Punjab Mental Hospital Lahore 1922-31 - 1922-1931
Year: 1922
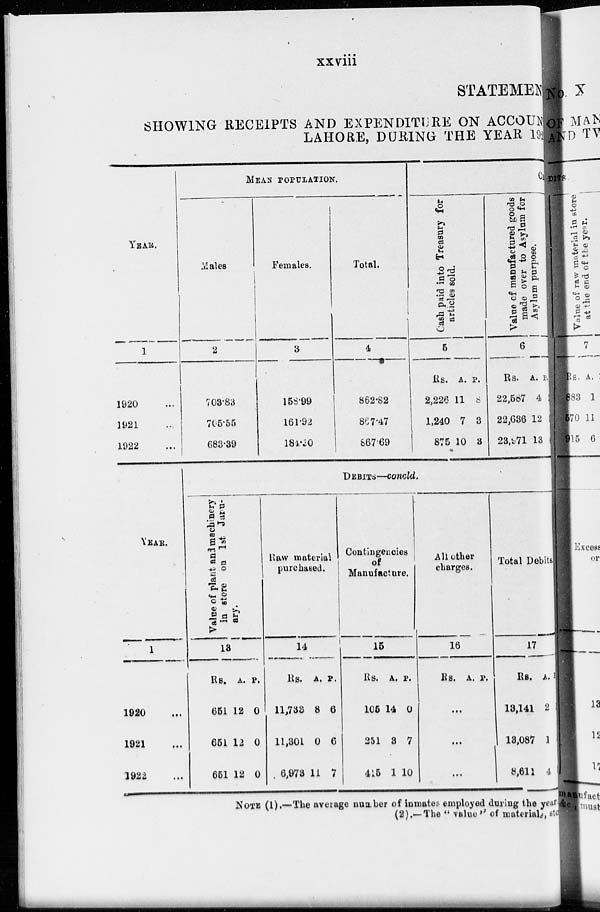
xxviii
STATEMENT
SHOWING RECEIPTS AND EXPENDITURE ON ACCOUN
LAHORE, DURING THE YEAR 192
YEAR.
1
1920 ...
1921 ...
1922 ...
MEAN POPULATION.
Males.
2
703.83
705.55
683.39
Females.
3
158.99
161.92
184.30
Total.
4
862.82
867.47
867.69
C
Cash paid into Treasury for
articles sold.
5
Rs.
2,226
1,240
875
A.
11
7
10
P.
8
3
3
Value of manufactured goods
made over to Asylum for
Asylum purpose.
6
Rs.
22,587
22,636
23,971
A.
4
12
13
P.
2
YEAR.
1
1920 ...
1921 ...
1922 ...
DEBITS—concld.
Value of plant and machinery
in store on 1st Janu-
ary.
13
Rs.
651
651
651
A.
12
12
12
P.
0
0
0
Raw material
purchased.
14
Rs.
11,733
11,301
6,973
A.
8
0
11
P.
6
6
7
Contingencies
of
Manufacture.
15
Rs.
105
251
415
A.
14
3
1
P.
0
7
10
All other
charges.
16
Rs. A. P.
...
...
...
Total Debits.
17
Rs.
13,141
13,087
8,611
A.
2
1
4
P.
NOTE (1).—The average number of inmates employed during the year
(2).––The " value'' of materials, sta